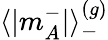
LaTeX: \langle|m_{A}^{-}|\rangle_{-}^{(g)}